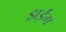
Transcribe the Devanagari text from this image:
ड्राईंग